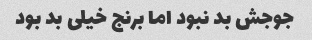
جوجش بد نبود اما برنج خیلی بد بود